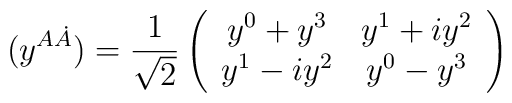
(y^{A\dot A})={1\over \sqrt{2}}\left(\begin{array}{cc}y^0 +y^3&y^1+iy^2\\y^1-iy^2&y^0-y^3\end{array}\right)